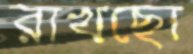
রাখছো